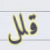
قلل